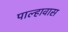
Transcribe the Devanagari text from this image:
पाल्हावास